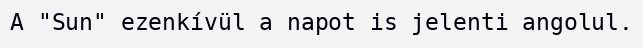
A "Sun" ezenkívül a napot is jelenti angolul.